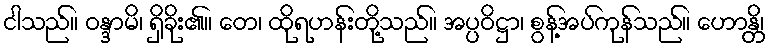
ငါသည်။ ဝန္ဒာမိ၊ ရှိခိုး၏။ တေ၊ ထိုရဟန်းတို့သည်။ အပ္ပဝိဋ္ဌာ၊ စွန့်အပ်ကုန်သည်။ ဟောန္တိ၊